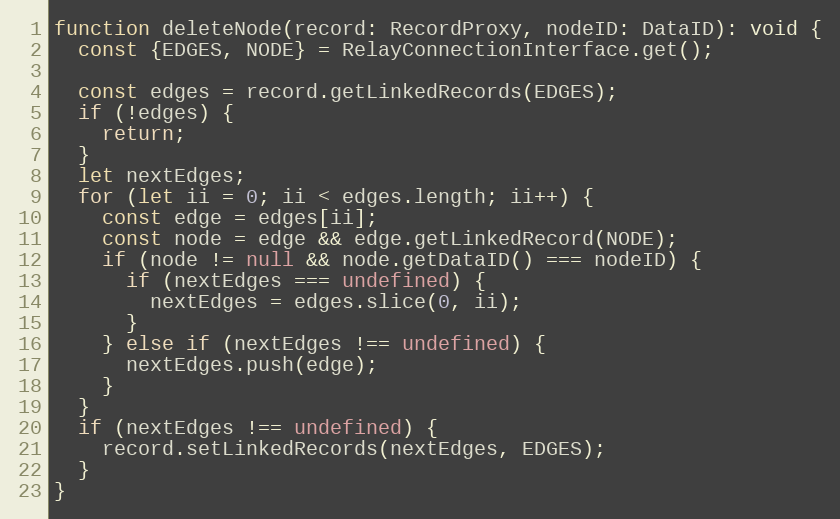
Language: JavaScript
function deleteNode(record: RecordProxy, nodeID: DataID): void {
  const {EDGES, NODE} = RelayConnectionInterface.get();

  const edges = record.getLinkedRecords(EDGES);
  if (!edges) {
    return;
  }
  let nextEdges;
  for (let ii = 0; ii < edges.length; ii++) {
    const edge = edges[ii];
    const node = edge && edge.getLinkedRecord(NODE);
    if (node != null && node.getDataID() === nodeID) {
      if (nextEdges === undefined) {
        nextEdges = edges.slice(0, ii);
      }
    } else if (nextEdges !== undefined) {
      nextEdges.push(edge);
    }
  }
  if (nextEdges !== undefined) {
    record.setLinkedRecords(nextEdges, EDGES);
  }
}